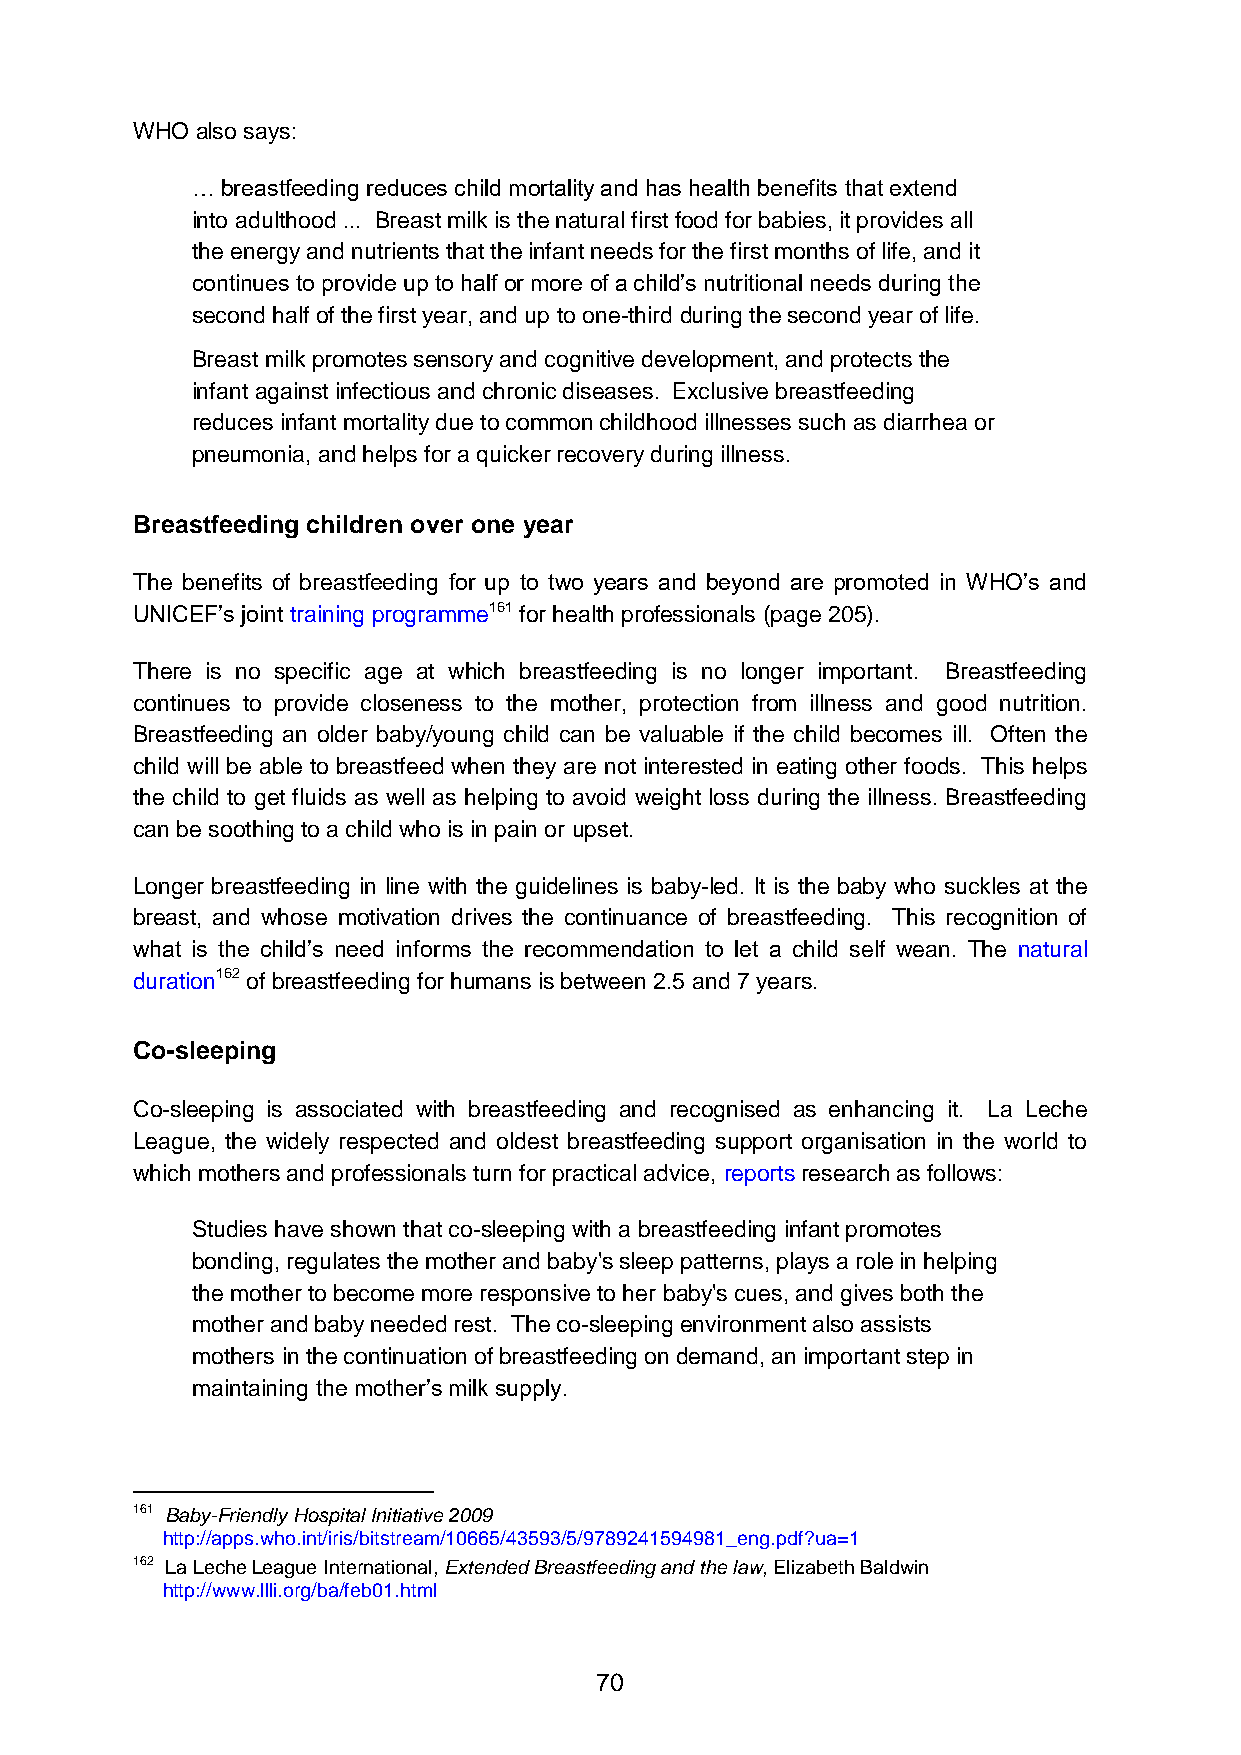
WHO also says:
 … breastfeeding reduces child mortality and has health benefits that extend
 into adulthood ... Breast milk is the natural first food for babies, it provides all
 the energy and nutrients that the infant needs for the first months of life, and it
 continues to provide up to half or more of a child’s nutritional needs during the
 second half of the first year, and up to one-third during the second year of life.
 Breast milk promotes sensory and cognitive development, and protects the
 infant against infectious and chronic diseases. Exclusive breastfeeding
 reduces infant mortality due to common childhood illnesses such as diarrhea or
 pneumonia, and helps for a quicker recovery during illness.
 Breastfeeding children over one year
 The benefits of breastfeeding for up to two years and beyond are promoted in WHO’s and
 UNICEF’s joint training programme161 for health professionals (page 205).
 There is no specific age at which breastfeeding is no longer important. Breastfeeding
 continues to provide closeness to the mother, protection from illness and good nutrition.
 Breastfeeding an older baby/young child can be valuable if the child becomes ill. Often the
 child will be able to breastfeed when they are not interested in eating other foods. This helps
 the child to get fluids as well as helping to avoid weight loss during the illness. Breastfeeding
 can be soothing to a child who is in pain or upset.
 Longer breastfeeding in line with the guidelines is baby-led. It is the baby who suckles at the
 breast, and whose motivation drives the continuance of breastfeeding. This recognition of
 what is the child’s need informs the recommendation to let a child self wean. The natural
 duration162 of breastfeeding for humans is between 2.5 and 7 years.
 Co-sleeping
 Co-sleeping is associated with breastfeeding and recognised as enhancing it. La Leche
 League, the widely respected and oldest breastfeeding support organisation in the world to
 which mothers and professionals turn for practical advice, reports research as follows:
 Studies have shown that co-sleeping with a breastfeeding infant promotes
 bonding, regulates the mother and baby's sleep patterns, plays a role in helping
 the mother to become more responsive to her baby's cues, and gives both the
 mother and baby needed rest. The co-sleeping environment also assists
 mothers in the continuation of breastfeeding on demand, an important step in
 maintaining the mother’s milk supply.
 161 Baby-Friendly Hospital Initiative 2009
 http://apps.who.int/iris/bitstream/10665/43593/5/9789241594981_eng.pdf?ua=1
 162 La Leche League International, Extended Breastfeeding and the law, Elizabeth Baldwin
 http://www.llli.org/ba/feb01.html
 70